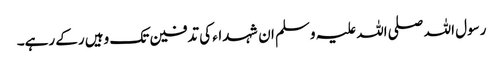
رسول اللہ صلی اللہ علیہ وسلم ان شہداء کی تدفین تک وہیں رکے رہے۔